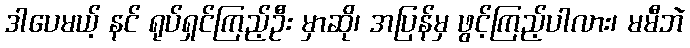
ဒါပေမယ့် နင် ရုပ်ရှင်ကြည့်ဦး မှာဆို၊ အပြန်မှ ဖွင့်ကြည့်ပါလား၊ မမီဘဲ